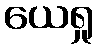
ယေရှု